Report on sanitation, dispensaries, and jails in Rajputana for 1909, and on vaccination for the year 1909-1910 - 1909-1910
Year: 1909
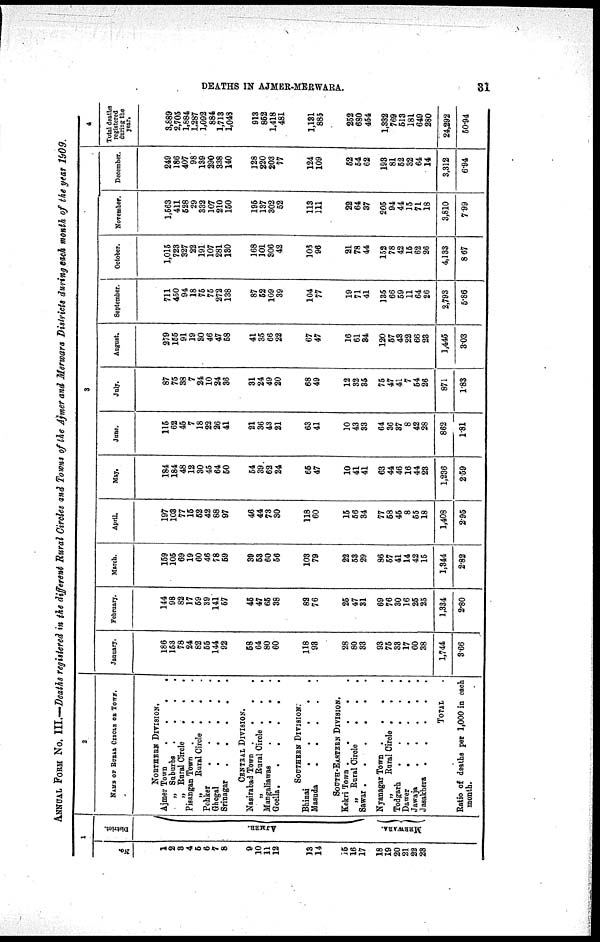
DEATHS IN AJMER-MERWARA.
31
ANNUAL FORM No. III.—Deaths registered in the different Rural Circles and Towns of the Ajmer and Merwara Districts during each month of the year 1909.
1
No.
1
2
3
4
5
6
7
8
9
10
11
12
13
14
15
16
17
18
19
20
21
22
23
District.
AJMER.
NERWARA.
2
NAME OF RURAL CIRCLE OR TOWN.
NORTHERN DIVISION.
Ajmer Town
.
.
.
.
„ Suburbs .
.
.
.
„ Rural Circle
.
.
.
Pisangan Town .
.
.
.
„
Rural Circle .
. .
Pohker
.
.
.
.
.
Ghegal
. . . . .
Srinagar
.
.
.
.
.
CENTRAL DIVISION.
Nasirabad Town .
.
.
.
„
Rural Circle .
.
.
Mangaliawas
.
. . .
Goells . . . . . .
SOUTHERN DIVISION.
Bhinai
.
.
.
.
.
Masuda
.
.
.
.
.
SOUTH-EASTERN DIVISION.
Kekri Town . . .
.
.
„ Rural Circle
.
.
.
Sawar .
.
.
.
.
.
Nyanagar Town .
.
.
.
„
Rural Circle . . .
Todgarh
.
.
.
.
.
Dawer
.
.
.
.
.
Jawaja
.
.
.
.
.
Jasakhera .
.
.
.
.
TOTAL
Ratio of deaths per 1,000 in each
month.
3
January.
186
153
78
24
82
55
144
92
58
64
80
60
118
93
28
80
83
93
75
33
17
60
38
1,744
3.66
February.
144
98
82
17
59
39
141
57
45
47
65
38
82
76
25
47
31
69
76
30
16
25
25
1,334
2.80
March.
159
105
69
19
60
46
78
59
39
53
60
56
103
79
22
53
29
86
57
41
14
42
15
1,344
2.82
April.
197
103
77
15
52
42
88
97
46
44
78
30
118
60
15
56
34
77
58
45
8
55
18
1,408
2.95
May.
184
184
48
12
30
45
64
50
54
39
62
24
65
47
10
41
41
63
44
46
16
44
23
1,236
2.59
June.
115
62
45
7
18
22
26
41
21
36
43
21
63
41
10
43
33
64
36
37
8
42
28
862
1.81
July.
87
75
38
7
24
10
24
36
31
24
49
20
68
49
12
32
35
75
47
41
7
54
26
871
1.83
August.
279
155
91
19
30
46
47
58
41
35
66
22
67
47
16
61
34
120
57
43
22
66
23
1,445
3.03
September.
711
450
94
18
75
75
272
138
87
52
109
39
104
77
19
71
41
135
66
59
11
64
26
2,793
5.86
October.
1,015
723
327
22
191
107
281
130
168
101
306
42
106
96
21
78
44
152
78
42
15
62
26
4,133
8.67
November.
1,563
411
528
29
332
107
210
150
195
137
302
52
113
111
22
64
37
205
94
44
15
71
18
3,810
7.99
December.
249
186
407
98
139
290
338
140
128
220
203
77
124
109
52
54
62
193
81
52
32
64
14
3,312
6.94
4
Total deaths
registered
during the
year.
3,889
2,705
1,884
1,287
1,092
884
1,713
1,048
913
852
1,418
481
1,131
885
252
680
454
1,332
769
513
181
649
280
24,292
50.94